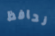
نحافظ